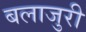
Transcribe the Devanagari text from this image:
बलाजुरी